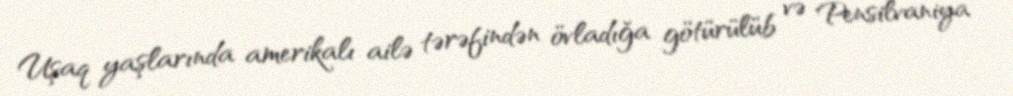
Uşaq yaşlarında amerikalı ailə tərəfindən övladığa götürülüb və Pensilvaniya